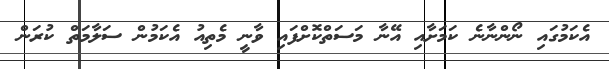
އެކަމުގައި ނޯންނާނެ ކަމަށާއި އޭނާ މަސަތްކޮށްފައި ވާނީ މެތިއު އެކަމުން ސަލާމަތް ކުރަން